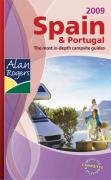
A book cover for Alan Rogers Spain and Portugal 2009: Quality Camping and Caravanning Sites; Travel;